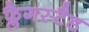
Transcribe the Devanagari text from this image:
फ्लैगस्टैड